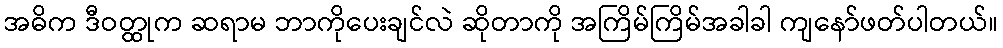
အဓိက ဒီဝတ္ထုက ဆရာမ ဘာကိုပေးချင်လဲ ဆိုတာကို အကြိမ်ကြိမ်အခါခါ ကျနော်ဖတ်ပါတယ်။